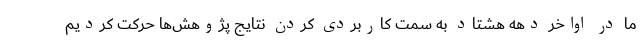
ما در اواخر دهه هشتاد به سمت کاربردی کردن نتایج پژوهش‌ها حرکت کردیم